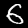
Digit: 6